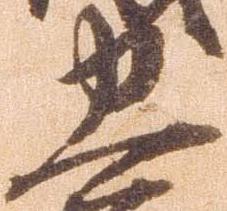
忠